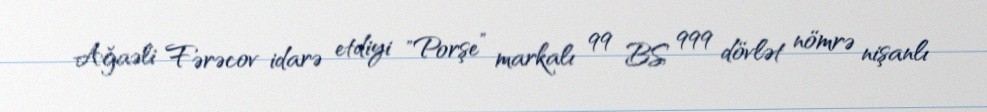
Ağaəli Fərəcov idarə etdiyi "Porşe” markalı 99 BS 999 dövlət nömrə nişanlı